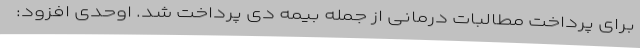
برای پرداخت مطالبات درمانی از جمله بیمه دی پرداخت شد. اوحدی افزود: